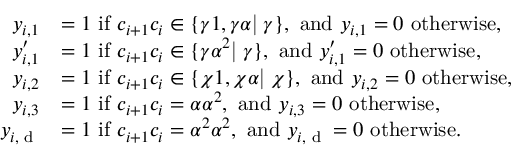
\begin{array} { r l } { y _ { i , 1 } } & { = 1 \mathrm { ~ i f ~ } c _ { i + 1 } c _ { i } \in \{ \gamma 1 , \gamma \alpha \textup | \textup \forall \gamma \} , \mathrm { ~ a n d ~ } y _ { i , 1 } = 0 \mathrm { ~ o t h e r w i s e } , } \\ { y _ { i , 1 } ^ { \prime } } & { = 1 \mathrm { ~ i f ~ } c _ { i + 1 } c _ { i } \in \{ \gamma \alpha ^ { 2 } \textup | \textup \forall \gamma \} , \mathrm { ~ a n d ~ } y _ { i , 1 } ^ { \prime } = 0 \mathrm { ~ o t h e r w i s e } , } \\ { y _ { i , 2 } } & { = 1 \mathrm { ~ i f ~ } c _ { i + 1 } c _ { i } \in \{ \chi 1 , \chi \alpha \textup | \textup \forall \chi \} , \mathrm { ~ a n d ~ } y _ { i , 2 } = 0 \mathrm { ~ o t h e r w i s e } , } \\ { y _ { i , 3 } } & { = 1 \mathrm { ~ i f ~ } c _ { i + 1 } c _ { i } = \alpha \alpha ^ { 2 } , \mathrm { ~ a n d ~ } y _ { i , 3 } = 0 \mathrm { ~ o t h e r w i s e } , } \\ { y _ { i , \textup { d } } } & { = 1 \mathrm { ~ i f ~ } c _ { i + 1 } c _ { i } = \alpha ^ { 2 } \alpha ^ { 2 } , \mathrm { ~ a n d ~ } y _ { i , \textup { d } } = 0 \mathrm { ~ o t h e r w i s e } . } \end{array}